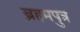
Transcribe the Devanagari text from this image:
ब्रहमपुत्र